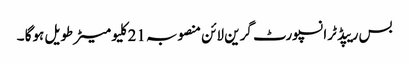
بس ریپڈ ٹرانسپورٹ گرین لائن منصوبہ 21کلیو میٹر طویل ہوگا ۔